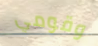
وقومي